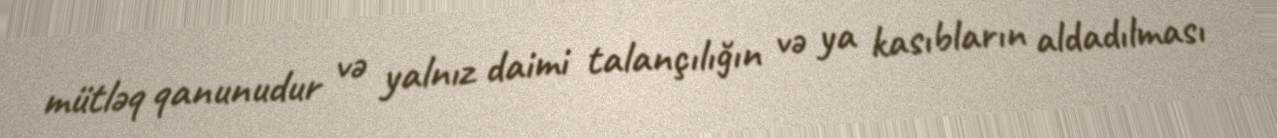
mütləq qanunudur və yalnız daimi talançılığın və ya kasıbların aldadılması